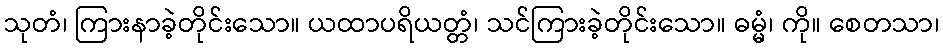
သုတံ၊ ကြားနာခဲ့တိုင်းသော။ ယထာပရိယတ္တံ၊ သင်ကြားခဲ့တိုင်းသော။ ဓမ္မံ၊ ကို။ စေတသာ၊